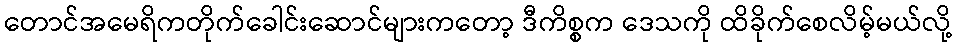
တောင်အမေရိကတိုက်ခေါင်းဆောင်များကတော့ ဒီကိစ္စက ဒေသကို ထိခိုက်စေလိမ့်မယ်လို့